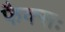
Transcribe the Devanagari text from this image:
फैक्सः